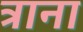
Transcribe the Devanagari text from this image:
त्राना